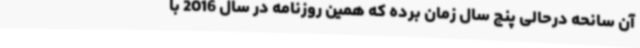
آن سانحه درحالی پنج سال زمان برده که همین روزنامه در سال 2016 با